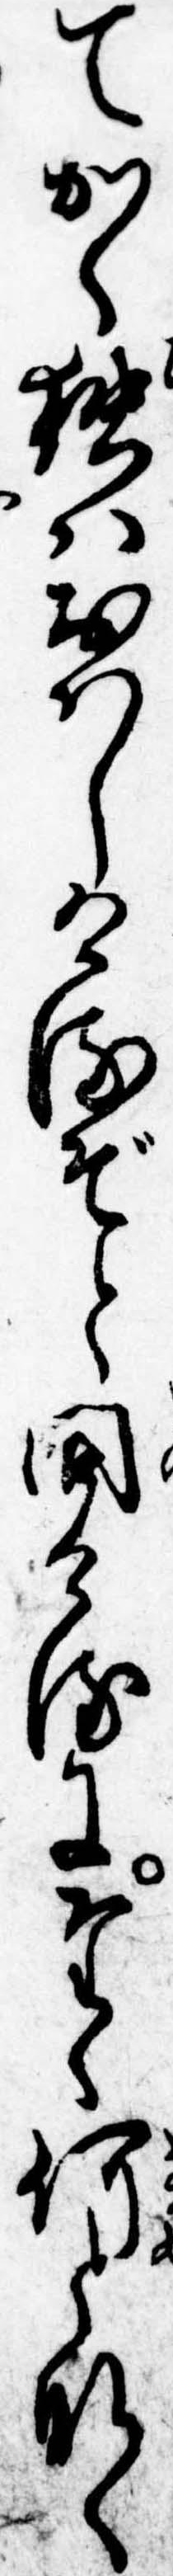
てかく独はおはしけるぞと問けるにたゝ何となく